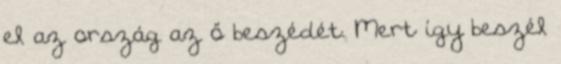
el az ország az ő beszédét. Mert így beszél